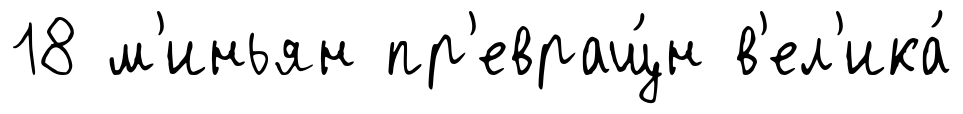
18 м'иньян пр'евращ́н в'ел'ика́